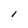
Character: 1